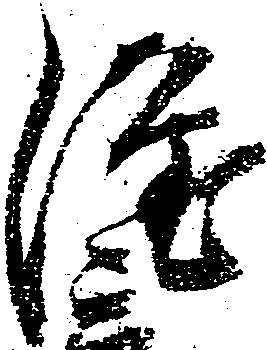
隆